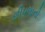
છીપલાનો